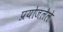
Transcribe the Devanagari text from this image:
प्रयोजलेले